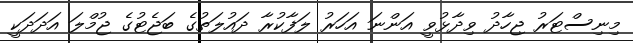
މިނިސްޓަރު ޖިހާދު ވިދާޅުވީ އަންނަ އަހަރު ލަފާކުރާ ދައުލަތުގެ ބަޖެޓުގެ ޖުމްލަ އަދަދަކީ